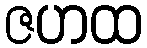
ဇဟထ